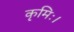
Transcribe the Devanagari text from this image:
कृमिः।